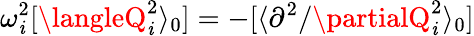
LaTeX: \omega_{\mathit{i}}^{2}[\langleQ_{\mathit{i}}^{2}\rangle_{0}]=-[\langle\partial^{2}/\partialQ_{\mathit{i}}^{2}\rangle_{0}]